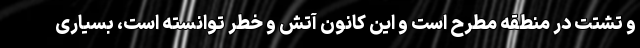
و تشتت در منطقه مطرح است و این کانون آتش و خطر توانسته است، بسیاری